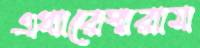
এধারেস্মরাম